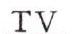
TV